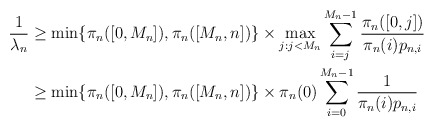
\begin{align*} \frac{1}{\lambda_n}&\ge\min\{\pi_n([0,M_n]),\pi_n([M_n,n])\}\times \max_{j:j<M_n}\sum_{i=j}^{M_n-1} \frac{\pi_n([0,j])}{\pi_n(i)p_{n,i}}\\ &\ge\min\{\pi_n([0,M_n]),\pi_n([M_n,n])\}\times\pi_n(0)\sum_{i=0}^{M_n-1} \frac{1}{\pi_n(i)p_{n,i}}\end{align*}